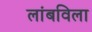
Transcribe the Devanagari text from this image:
लांबविला